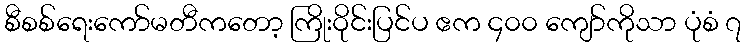
စီစစ်ရေးကော်မတီကတော့ ကြိုးဝိုင်းပြင်ပ ဧက ၄၀၀ ကျော်ကိုသာ ပုံစံ ၇